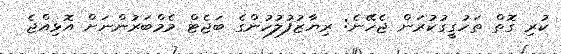
ކުރި ގޮތް ތަހުގީގުކުރަން ޖެހޭނެ: ރިޔާޒުފުލުހުންގެ ބަޖެޓް މެމްބަރުންނަށް އޮޅިއްޖެ